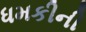
ધમકીની